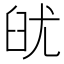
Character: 𦥣